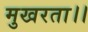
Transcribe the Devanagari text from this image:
मुखरता।।